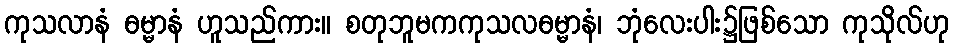
ကုသလာနံ ဓမ္မာနံ ဟူသည်ကား။ စတုဘူမကကုသလဓမ္မာနံ၊ ဘုံလေးပါး၌ဖြစ်သော ကုသိုလ်ဟု